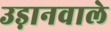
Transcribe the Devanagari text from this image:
उड़ानवाले